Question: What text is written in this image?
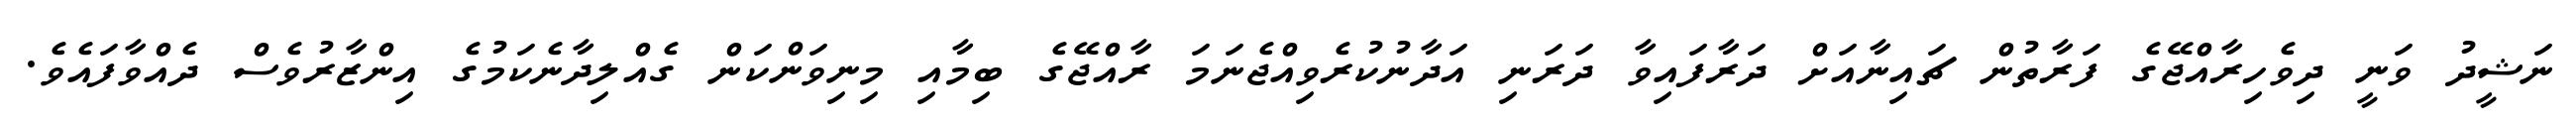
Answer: ނަޝީދު ވަނީ ދިވެހިރާއްޖޭގެ ފަރާތުން ޗައިނާއަށް ދަރާފައިވާ ދަރަނި އަދާނުކުރެވިއްޖެނަމަ ރާއްޖޭގެ ބިމާއި މިނިވަންކަން ގެއްލިދާނެކަމުގެ އިންޒާރުވެސް ދެއްވާފައެވެ.